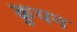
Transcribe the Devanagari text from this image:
कुपन